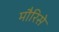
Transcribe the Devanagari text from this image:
मौरिसे